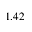
1 . 4 2